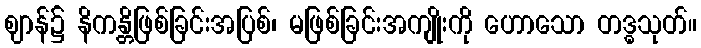
ဈာန်၌ နိကန္တိဖြစ်ခြင်းအပြစ်၊ မဖြစ်ခြင်းအကျိုးကို ဟောသော တဒ္ဓသုတ်။